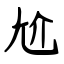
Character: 尬